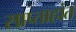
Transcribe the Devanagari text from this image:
साप्ताहांत